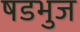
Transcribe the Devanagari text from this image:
षडभुज